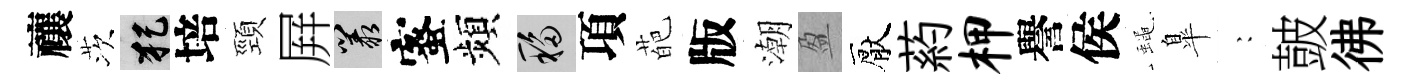
禳茨犯培頸屛叢蜜頻移項葩版潮盈厭葯柙譽侯蠅臯巍皷彿